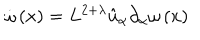
\dot { \omega } \left( x \right) = L ^ { 2 + \lambda } \hat { u } _ { \alpha } \partial _ { \alpha } \omega \left( x \right)